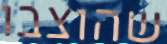
שהוצבו